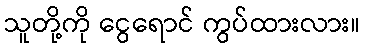
သူတို့ကို ငွေရောင် ကွပ်ထားလား။